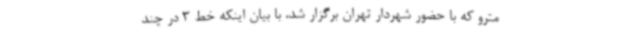
مترو که با حضور شهردار تهران برگزار شد، با بیان اینکه خط 3 در چند